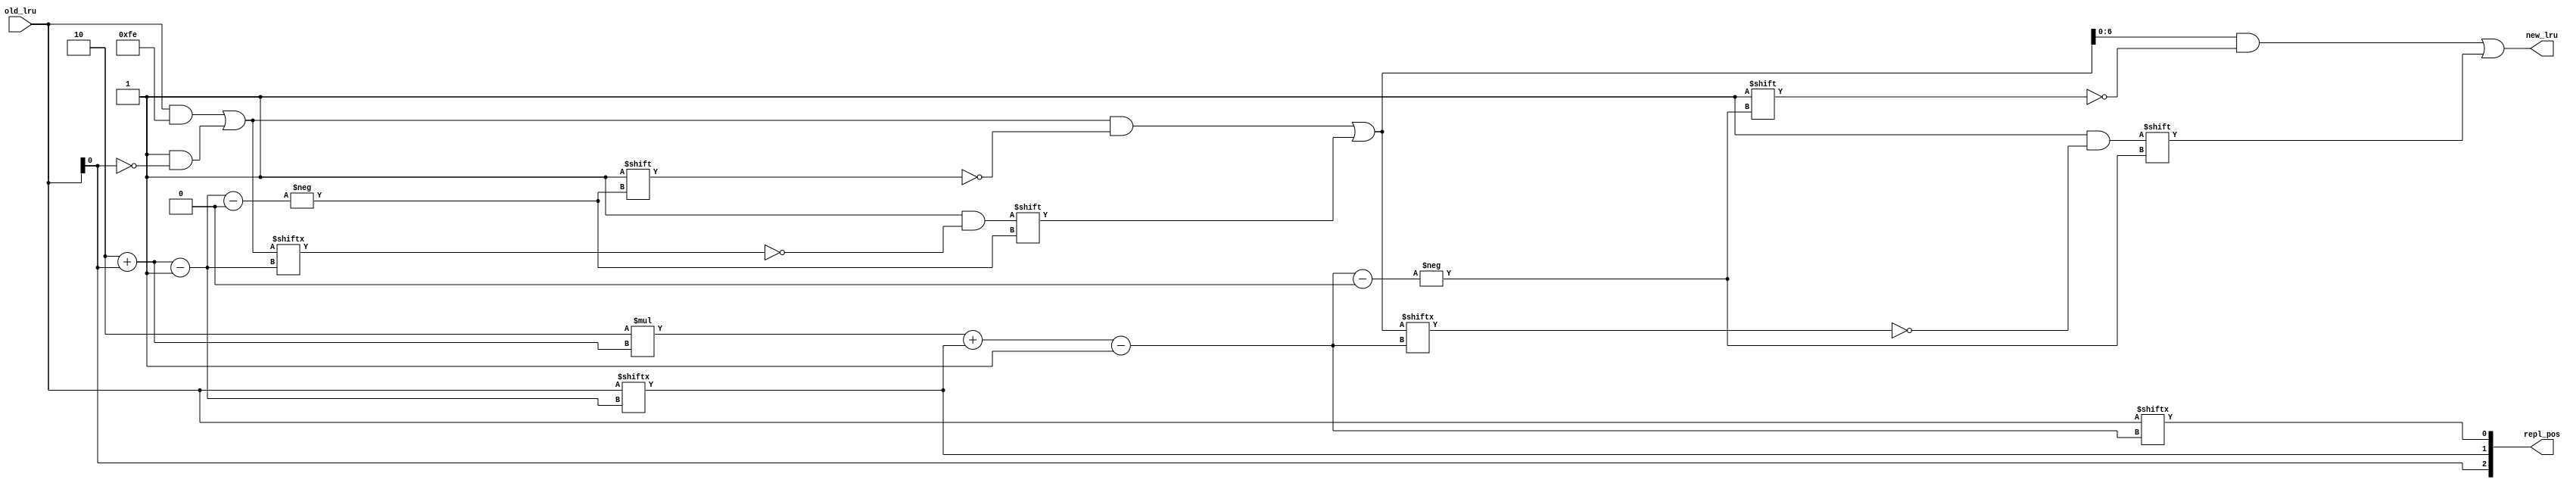
module lru_get_new_line (
	old_lru,
	new_lru,
	repl_pos
);
	parameter NCACHELINE = 8;
	parameter ADDR_W = $clog2(NCACHELINE);
	parameter LRU_W = 7;
	input wire [LRU_W - 1:0] old_lru;
	output reg [LRU_W - 1:0] new_lru;
	output reg [ADDR_W - 1:0] repl_pos;
	reg signed [31:0] idx;
	reg [LRU_W:0] tmp;
	function automatic [31:0] sv2v_cast_32;
		input reg [31:0] inp;
		sv2v_cast_32 = inp;
	endfunction
	always @(*) begin
		idx = 1;
		tmp = old_lru;
		repl_pos = 1'sb0;
		begin : sv2v_autoblock_1
			reg signed [31:0] i;
			for (i = 0; i < $clog2(NCACHELINE); i = i + 1)
				begin
					tmp[idx - 1] = ~tmp[idx - 1];
					repl_pos = {repl_pos[0+:ADDR_W - 1], old_lru[idx - 1]};
					idx = (2 * idx) + sv2v_cast_32(repl_pos[0]);
				end
		end
		new_lru = tmp;
	end
endmodule